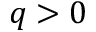
q > 0